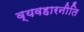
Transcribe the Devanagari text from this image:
व्यवहारनीति